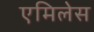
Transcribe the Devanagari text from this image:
एमिलेस